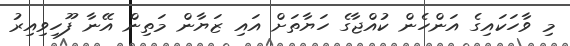
މި ވާހަކައިގެ އަންހެން ކުއްޖާގެ ހަޔާތަށް އައި ޒަޔާން މަތިން އޭނާ ފޫހިވިއިރު